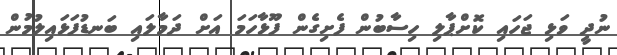
ނުދީ ވަޅި ޖަހައި ކޮށްޕާލި ހިސާބުން ފެށިގެން ފޫޅާހަމަ އަށް ދަމާލައި ބަނޑުފަޅައިލުމުން